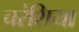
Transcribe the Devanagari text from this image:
चरंशिया